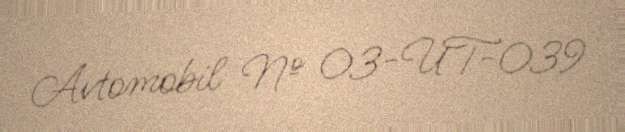
Avtomobil № 03-UT-039